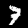
Label: 7